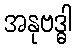
အနုဗဒ္ဓါ